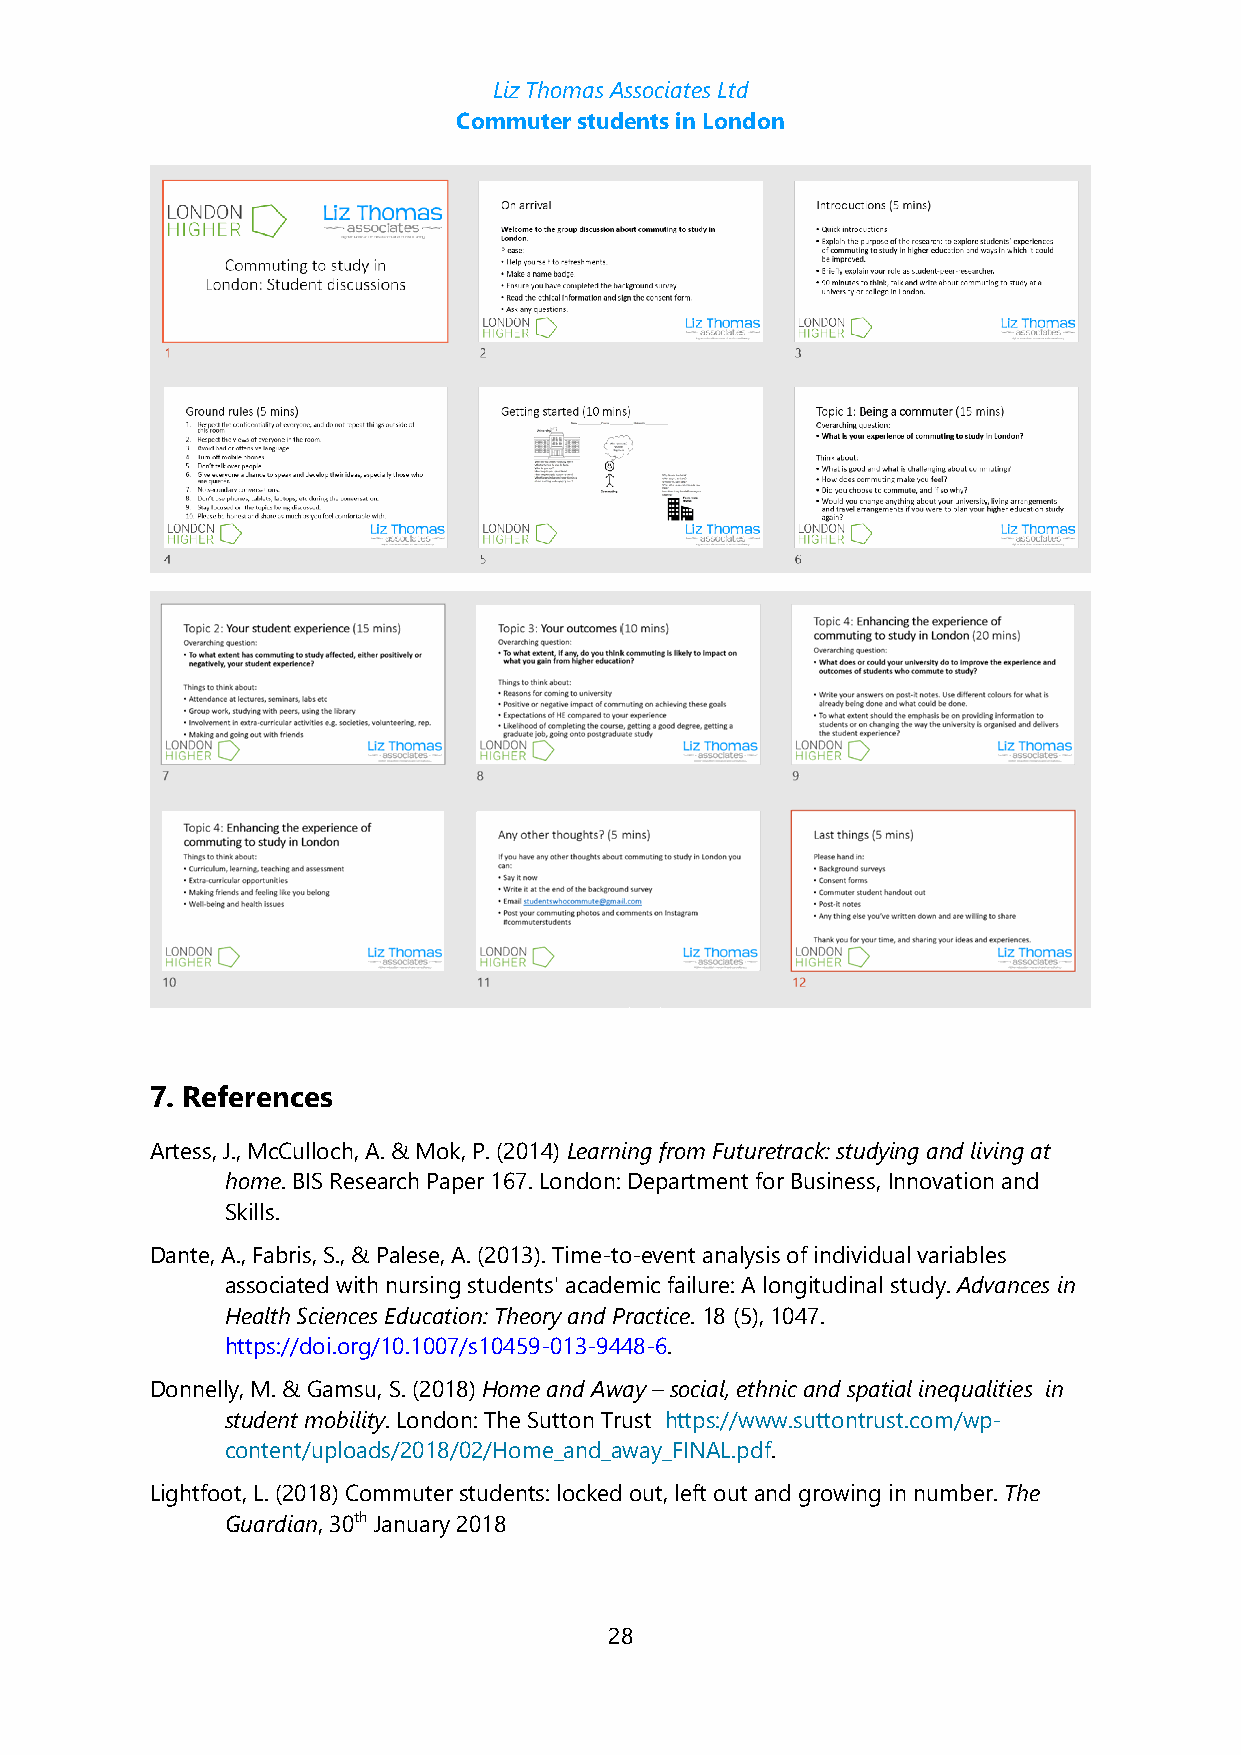
Liz Thomas Associates Ltd
 Commuter students in London
 7. References
 Artess, J., McCulloch, A. & Mok, P. (2014) Learning from Futuretrack: studying and living at
 home. BIS Research Paper 167. London: Department for Business, Innovation and
 Skills.
 Dante, A., Fabris, S., & Palese, A. (2013). Time-to-event analysis of individual variables
 associated with nursing students' academic failure: A longitudinal study. Advances in
 Health Sciences Education: Theory and Practice. 18 (5), 1047.
 https://doi.org/10.1007/s10459-013-9448-6.
 Donnelly, M. & Gamsu, S. (2018) Home and Away – social, ethnic and spatial inequalities in
 student mobility. London: The Sutton Trust https://www.suttontrust.com/wp-
 content/uploads/2018/02/Home_and_away_FINAL.pdf.
 Lightfoot, L. (2018) Commuter students: locked out, left out and growing in number. The
 Guardian, 30th January 2018
 28